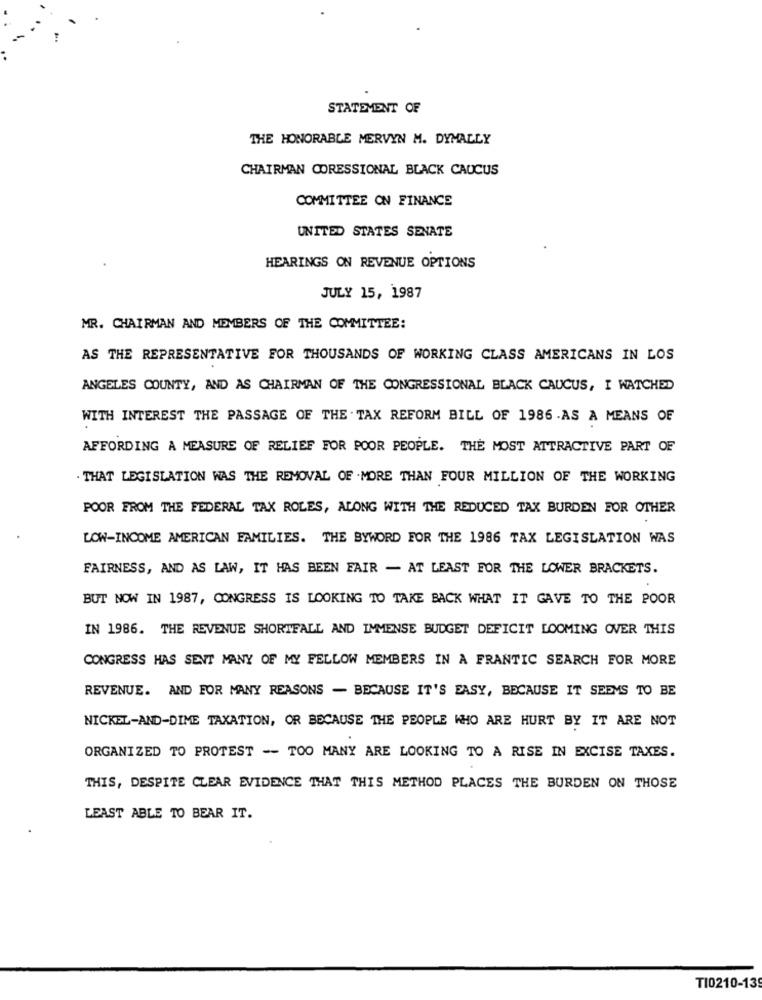
STATEMENT OF
THE HONORABLE MERVYN M. DYMALLY
CHAIRMAN CORESSIONAL BLACK CAUCUS
COMMITTEE ON FINANCE
UNITED STATES SENATE
HEARINGS ON REVENUE OPTIONS
JULY 15, 1987
MR. CHAIRMAN AND MEMBERS OF THE COMMITTEE:
AS THE REPRESENTATIVE FOR THOUSANDS OF WORKING CLASS AMERICANS IN LOS
ANGELES COUNTY, AND AS CHAIRMAN OF THE CONGRESSIONAL BLACK CAUCUS, I WATCHED
WITH INTEREST THE PASSAGE OF THE TAX REFORM BILL OF 1986.AS A MEANS OF
AFFORDING A MEASURE OF RELIEF FOR POOR PEOPLE. THE MOST ATTRACTIVE PART OF
THAT LEGISLATION WAS THE REMOVAL OF . MORE THAN FOUR MILLION OF THE WORKING
POOR FROM THE FEDERAL TAX ROLES, ALONG WITH THE REDUCED TAX BURDEN FOR OTHER
LOW-INCOME AMERICAN FAMILIES. THE BYWORD FOR THE 1986 TAX LEGISLATION WAS
FAIRNESS, AND AS LAW, IT HAS BEEN FAIR - AT LEAST FOR THE LOWER BRACKETS.
BUT NOW IN 1987, CONGRESS IS LOOKING TO TAKE BACK WHAT IT GAVE TO THE POOR
IN 1986. THE REVENUE SHORTFALL AND IMMENSE BUDGET DEFICIT LOOMING OVER THIS
CONGRESS HAS SENT MANY OF MY FELLOW MEMBERS IN A FRANTIC SEARCH FOR MORE
REVENUE. AND FOR MANY REASONS - BECAUSE IT'S EASY, BECAUSE IT SEEMS TO BE
NICKEL-AND-DIME TAXATION, OR BECAUSE THE PEOPLE WHO ARE HURT BY IT ARE NOT
ORGANIZED TO PROTEST -- TOO MANY ARE LOOKING TO A RISE IN EXCISE TAXES.
THIS, DESPITE CLEAR EVIDENCE THAT THIS METHOD PLACES THE BURDEN ON THOSE
LEAST ABLE TO BEAR IT.
TI0210-13